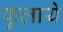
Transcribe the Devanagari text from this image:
फुलाये